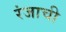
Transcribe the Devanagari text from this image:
रंजाची